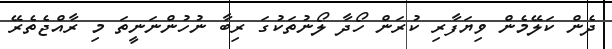
ދެން ކަލޭމެން ވިޔަފާރި ކުރަން ހޯދާ ލޯނުތަކުގަ ރިބާ ނުހުންނަނީތަ މި ރާއްޖެތެރޭ